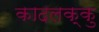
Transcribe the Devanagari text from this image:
कादलक्कु